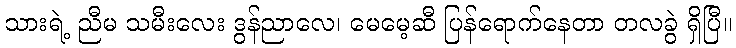
သားရဲ့ ညီမ သမီးလေး ဒွန်ညာလေ၊ မေမေ့ဆီ ပြန်ရောက်နေတာ တလခွဲ ရှိပြီ။